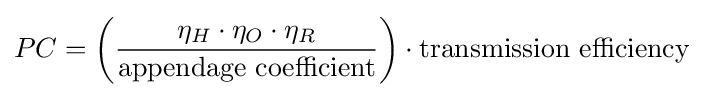
PC=\left({\frac {\eta _{H}\cdot \eta _{O}\cdot \eta _{R}}{\mbox{appendage coefficient}}}\right)\cdot {\mbox{transmission efficiency}}